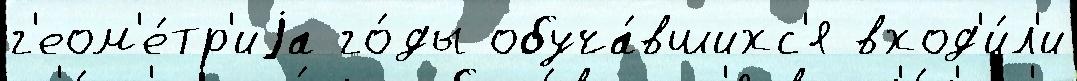
г'еом'е́тр'иjа го́ды обуча́вшихс'я вход'и́л'и